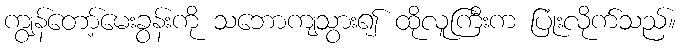
ကျွန်တော့်မေးခွန်းကို သဘောကျသွား၍ ထိုလူကြီးက ပြုံးလိုက်သည်။